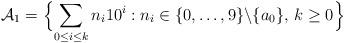
LaTeX: \begin{align*}\mathcal{A}_1=\Bigl\{\sum_{0\le i\le k}n_i 10^i: n_i\in\{0,\dots,9\}\backslash\{a_0\},\,k\ge 0\Bigr\}\end{align*}